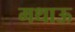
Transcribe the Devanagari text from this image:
मथाऊ